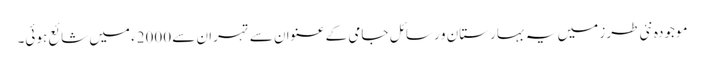
موجودہ نئی طرز میں یہ بہارستان و رسائل جامی کے عنوان سے تہران سے 2000ء میں شائع ہوئی۔